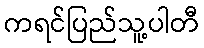
ကရင်ပြည်သူ့ပါတီ